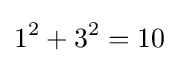
1^{2}+3^{2}=10